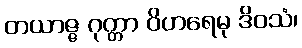
တယာဇ္ဇ ဂုတ္တာ ဝိဟရေမု ဒိဝသံ၊